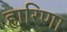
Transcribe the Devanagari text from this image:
हारिणा